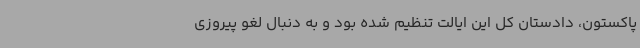
پاکستون، دادستان کل این ایالت تنظیم شده بود و به دنبال لغو پیروزی